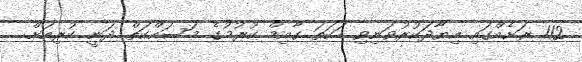
112 ރަށެއްގައި އިޔާދަކުރުވަނިވި ހަކަތަ ގާއިމް ކުރުމުގެ މަސައްކަތް ދަނީ ކުރިއަށް